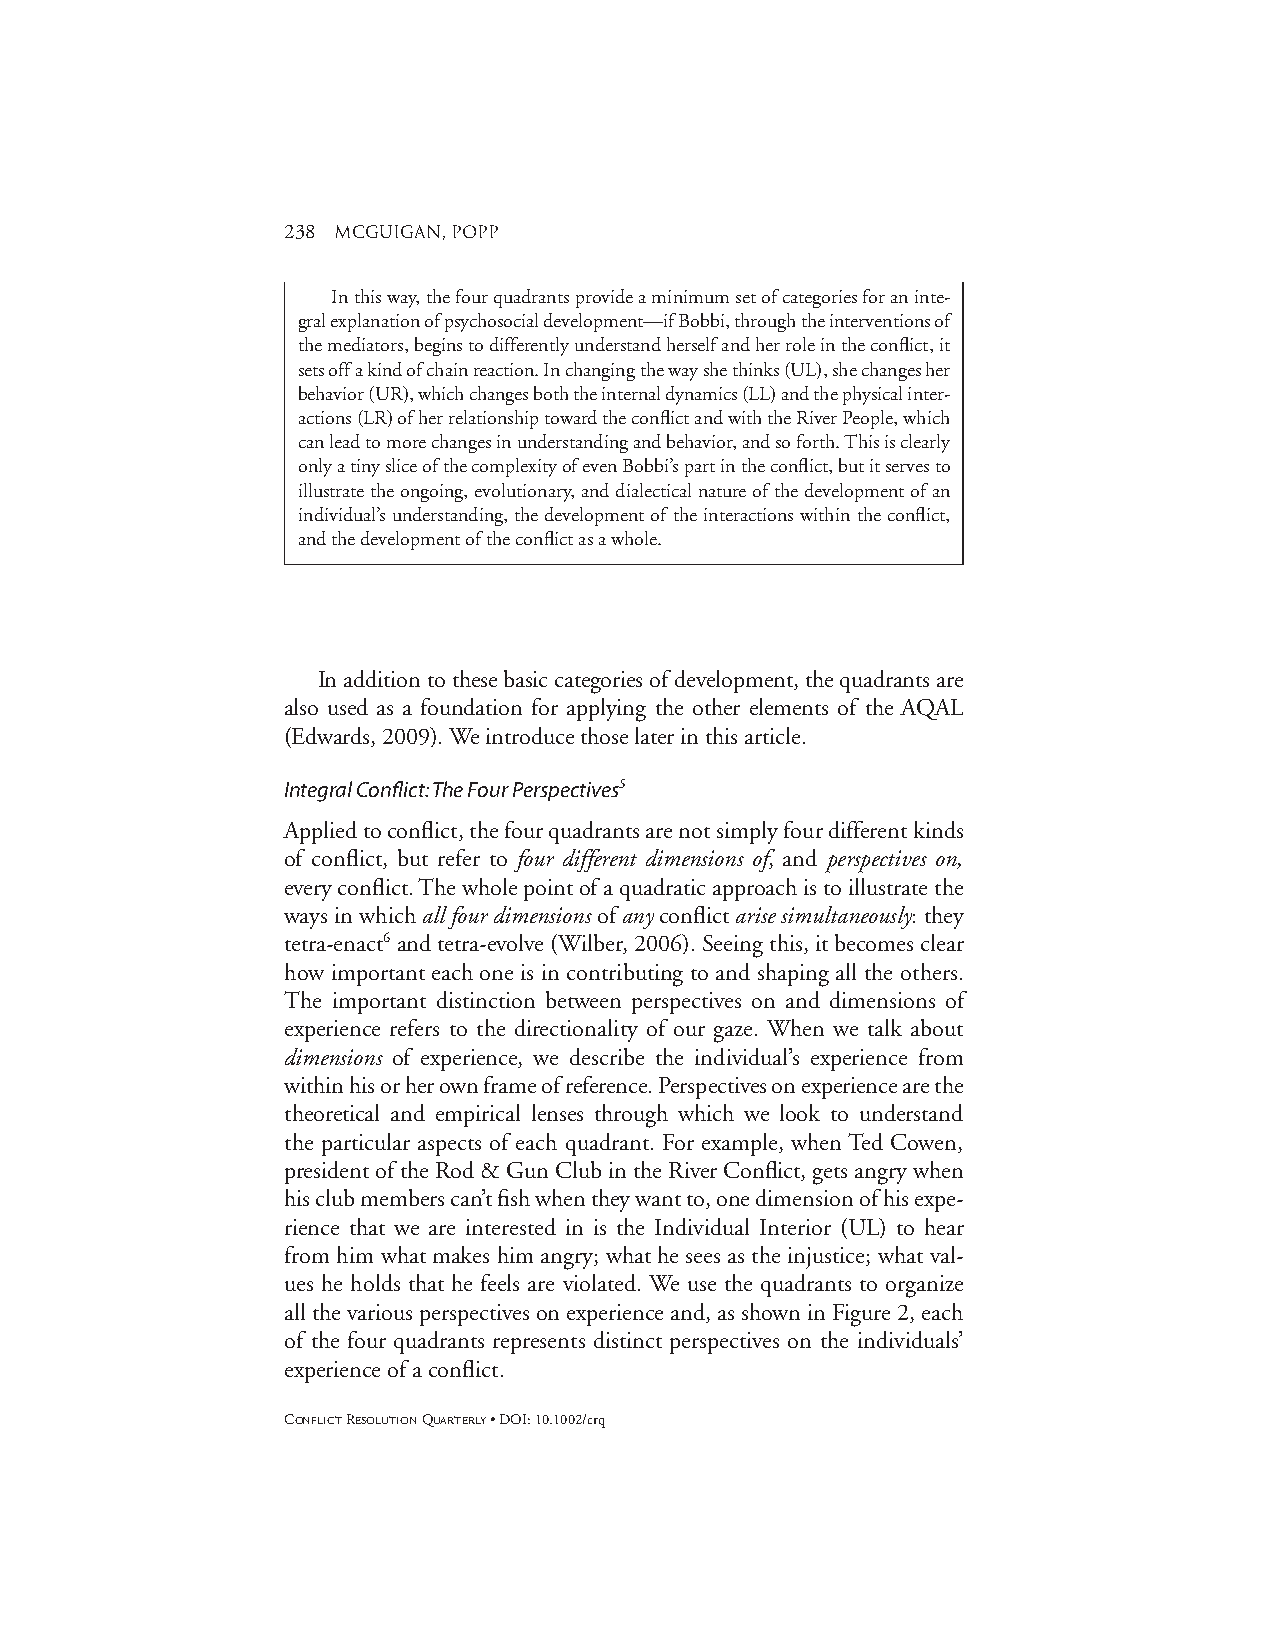
238 mcguigan, popp
 In this way, the four quadrants provide a minimum set of categories for an inte-
 gral explanation of psychosocial development—if Bobbi, through the interventions of
 the mediators, begins to differently understand herself and her role in the conflict, it
 sets off a kind of chain reaction. In changing the way she thinks (UL), she changes her
 behavior (UR), which changes both the internal dynamics (LL) and the physical inter-
 actions (LR) of her relationship toward the conflict and with the River People, which
 can lead to more changes in understanding and behavior, and so forth. This is clearly
 only a tiny slice of the complexity of even Bobbi’s part in the conflict, but it serves to
 illustrate the ongoing, evolutionary, and dialectical nature of the development of an
 individual’s understanding, the development of the interactions within the conflict,
 and the development of the conflict as a whole.
 In addition to these basic categories of development, the quadrants are
 also used as a foundation for applying the other elements of the AQAL
 (Edwards, 2009). We introduce those later in this article.
 Integral Conflict:The Four Perspectives5
 Applied to conflict, the four quadrants are not simply four different kinds
 of conflict, but refer to four different dimensions of, and perspectives on,
 every conflict. The whole point of a quadratic approach is to illustrate the
 ways in which all four dimensionsofanyconflictarise simultaneously: they
 tetra-enact6and tetra-evolve (Wilber, 2006). Seeing this, it becomes clear
 how important each one is in contributing to and shaping all the others.
 The important distinction between perspectives on and dimensions of
 experience refers to the directionality of our gaze. When we talk about
 dimensions of experience, we describe the individual’s experience from
 within his or her own frame of reference. Perspectives on experience are the
 theoretical and empirical lenses through which we look to understand
 the particular aspects of each quadrant. For example, when Ted Cowen,
 president of the Rod & Gun Club in the River Conflict, gets angry when
 his club members can’t fish when they want to, one dimension of his expe-
 rience that we are interested in is the Individual Interior (UL) to hear
 from him what makes him angry; what he sees as the injustice; what val-
 ues he holds that he feels are violated. We use the quadrants to organize
 all the various perspectives on experience and, as shown in Figure 2, each
 of the four quadrants represents distinct perspectives on the individuals’
 experience of a conflict.
 CONFLICTRESOLUTIONQUARTERLY• DOI: 10.1002/crq